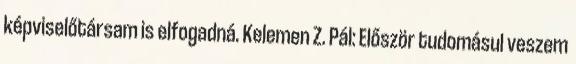
képviselőtársam is elfogadná. Kelemen Z. Pál: Először tudomásul veszem